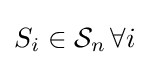
S_{i}\in {\mathcal {S}}_{n}\,\forall i